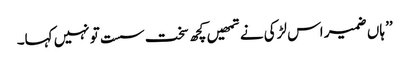
’’ ہاں ضمیر اس لڑکی نے تمھیں کچھ سخت سست تو نہیں کہا۔